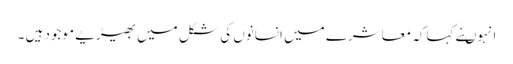
انہوںنے کہاکہ معاشرے میں انسانوں کی شکل میں بھیڑیے موجود ہیں ۔